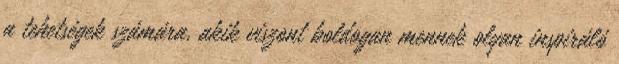
a tehetségek számára, akik viszont boldogan mennek olyan inspiráló